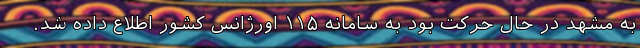
به مشهد در حال حرکت بود به سامانه ١١۵ اورژانس کشور اطلاع داده شد.